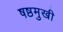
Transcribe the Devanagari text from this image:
षष्ठमुखी